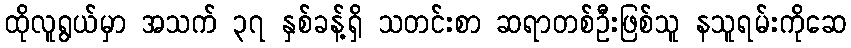
ထိုလူရွယ်မှာ အသက် ၃၇ နှစ်ခန့်ရှိ သတင်းစာ ဆရာတစ်ဦးဖြစ်သူ နသူရမ်းကိုဆေ